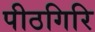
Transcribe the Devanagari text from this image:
पीठगिरि